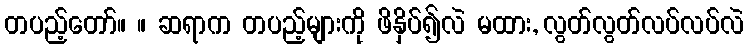
တပည့်တော်။ ။ ဆရာက တပည့်များကို ဖိနှိပ်၍လဲ မထား, လွတ်လွတ်လပ်လပ်လဲ